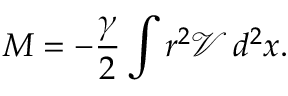
M = - \frac { \gamma } { 2 } \int r ^ { 2 } \mathcal { V } \, d ^ { 2 } x .